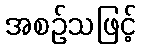
အစဉ်သဖြင့်